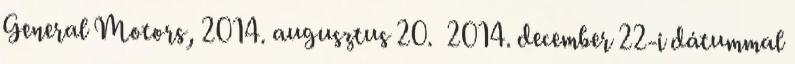
General Motors, 2014. augusztus 20. 2014. december 22-i dátummal